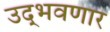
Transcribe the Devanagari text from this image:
उद्‌भवणार